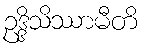
ဥဒ္ဒိသိဿာမီတိ